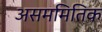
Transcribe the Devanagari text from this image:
असममितिक